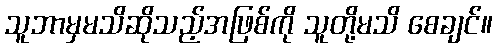
သူဘာမှမသိဆိုသည့်အဖြစ်ကို သူတို့မသိ စေချင်။